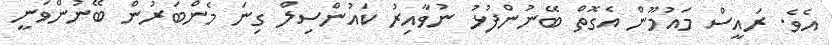
އެވެ. ރައީސް މައުމޫން އެގޮތް ބޭނުންފުޅު ނުވާއިރު ކައުންސިލް ގިނަ މެންބަރުން ބޭނުންވަނީ